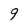
Character: 9